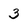
Character: 3